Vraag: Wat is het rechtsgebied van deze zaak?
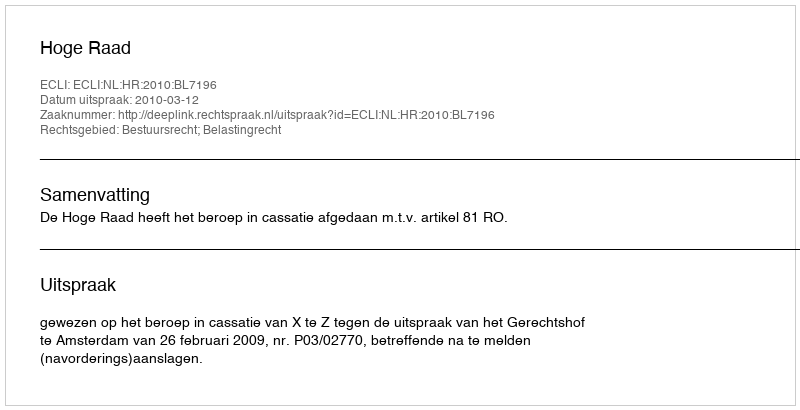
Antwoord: Bestuursrecht; Belastingrecht